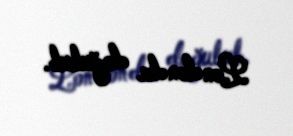
Londonda doğulub.